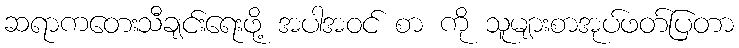
ဆရာကတေးသီချင်းရေးဖို့ အပါအဝင် စာ ကို သူများစာအုပ်ဖတ်ပြတာ